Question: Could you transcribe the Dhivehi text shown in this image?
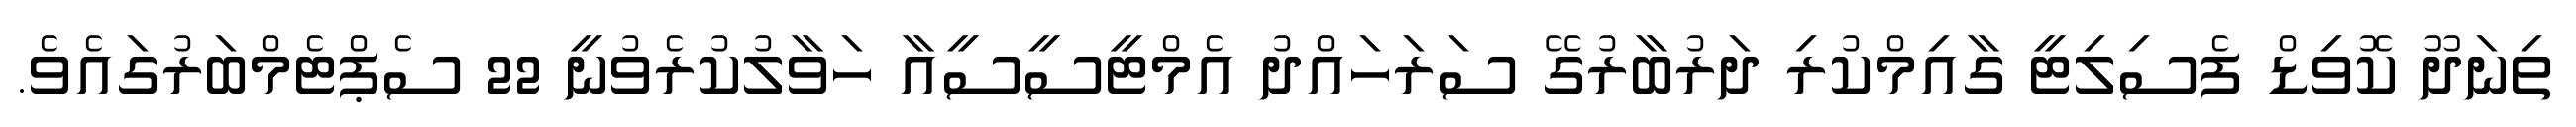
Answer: ތިނަދޫ ކޮވިޑް ފެސިލިޓީ ގާއިމްކުރި ދަރުބާރުގޭ ސަރަހައްދު އެމްޓީސީސީއާ ހަވާލުކުރެވުނީ 22 ސެޕްޓެމްބަރުގައެވެ.